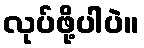
လုပ်ဖို့ပါပဲ။